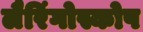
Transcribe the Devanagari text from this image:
लैरिंगोस्कोप